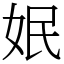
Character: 姄